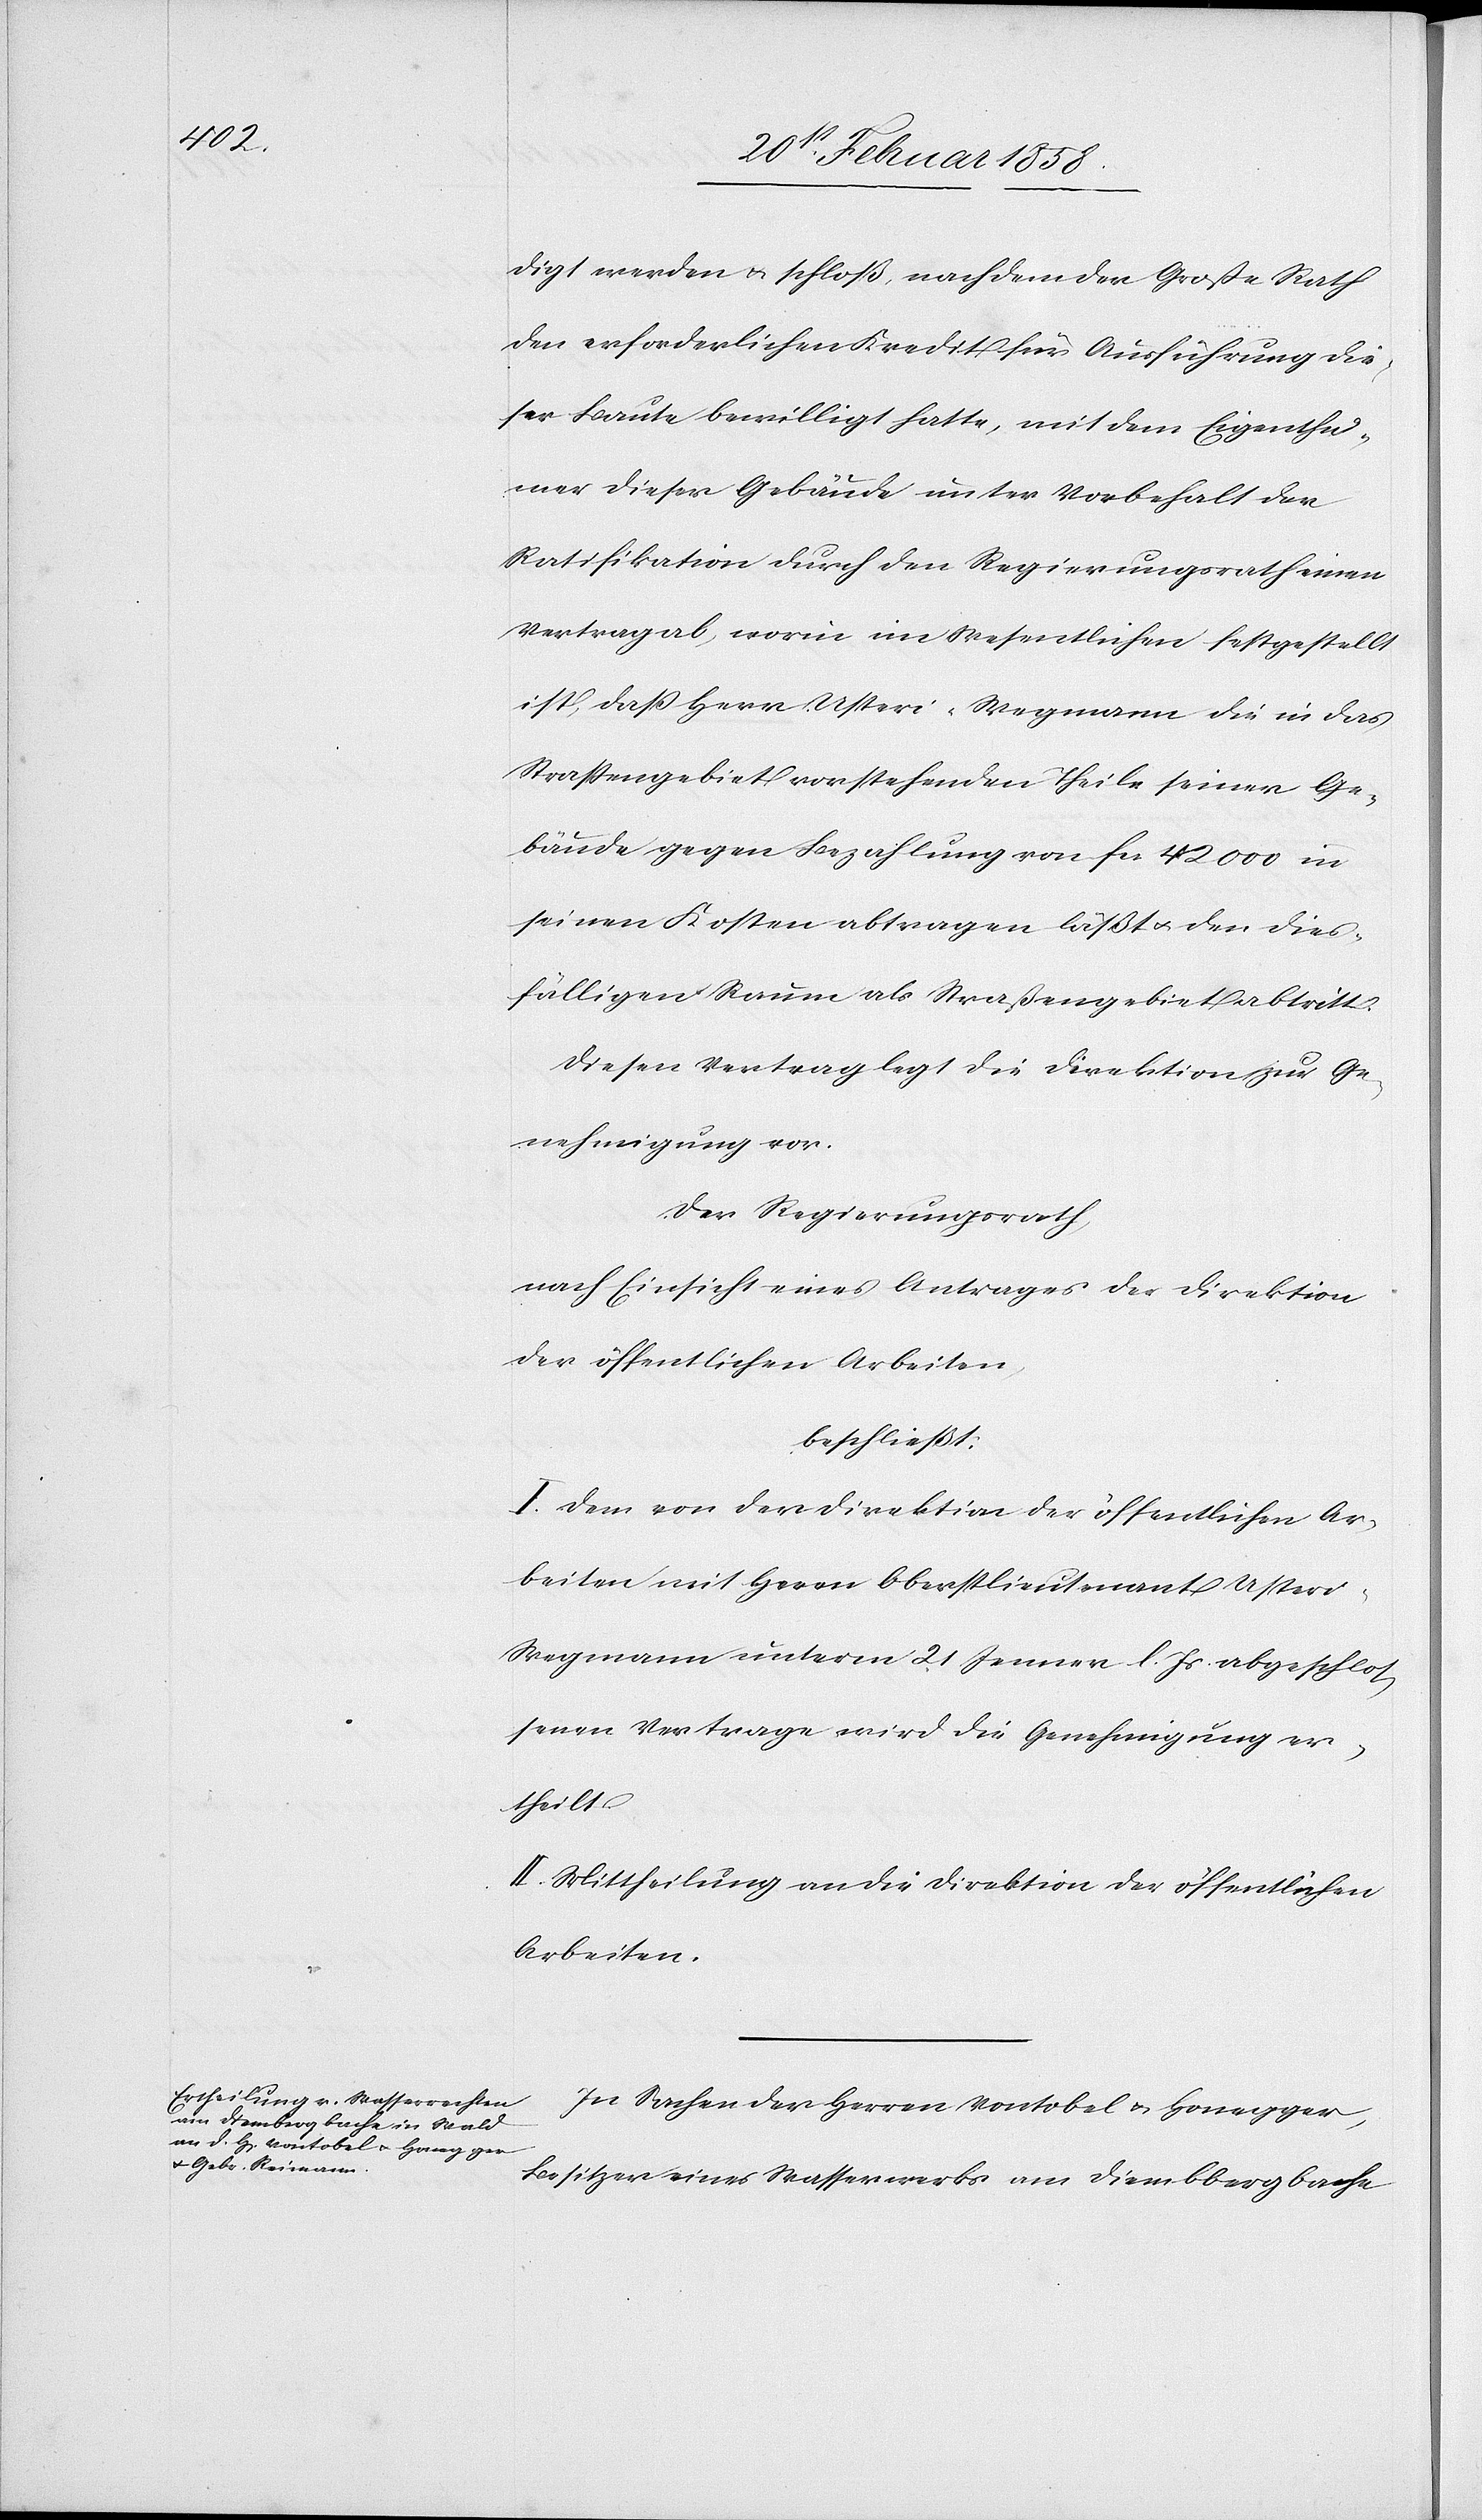
digt werden u. schloß, nachdem der Große Rath
den erforderlichen Kredit für Ausführung die¬
ser Baute bewilligt hatte, mit dem Eigenthü¬
mer dieser Gebäude unter Vorbehalt der
Ratifikation durch den Regierungsrath einen
Vertrag ab, worin im Wesentlichen festgestellt
ist, daß Herr Usteri-Wegmann die in das
Straßengebiet vorstehenden Theile seiner Ge¬
bäude gegen Bezahlung von fcs. 42 000 in
seinen Kosten abtragen läßt u. den dies¬
fälligen Raum als Straßengebiet abtritt.
Diesen Vertrag legt die Direktion zur Ge¬
nehmigung vor.
Der Regierungsrath
nach Einsicht eines Antrages der Direktion
der öffentlichen Arbeiten,
beschließt:
I. Dem von der Direktion der öffentlichen Ar¬
beiten mit Herrn Oberstlieutenant Usteri-W¬
egmann unterm 21 Jenner l. Js abgeschlos¬
senen Vertrage wird die Genehmigung er¬
theilt.
II. Mittheilung an die Direktion der öffentlichen
Arbeiten.
In Sachen der Herren Vontobel u. Honegger,
Besitzer eines Wasserwerks am Diembbergbache